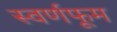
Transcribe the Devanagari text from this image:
स्वर्णफूम